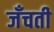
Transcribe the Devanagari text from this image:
जँचती